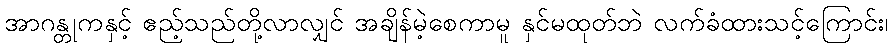
အာဂန္တုကနှင့် ဧည့်သည်တို့လာလျှင် အချိန်မဲ့စေကာမူ နှင်မထုတ်ဘဲ လက်ခံထားသင့်ကြောင်း၊